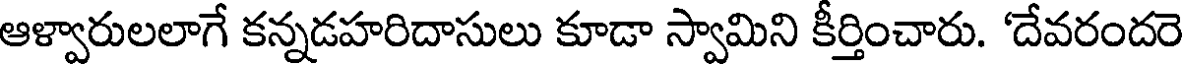
ఆళ్వారులలాగే కన్నడహరిదాసులు కూడా స్వామిని కీర్తించారు. 'దేవరందరె